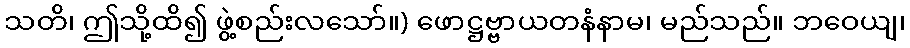
သတိ၊ ဤသို့ထိ၍ ဖွဲ့စည်းလသော်။) ဖောဋ္ဌဗ္ဗာယတနံနာမ၊ မည်သည်။ ဘဝေယျ၊